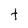
Character: T